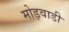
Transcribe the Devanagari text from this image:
मोड़वाडी